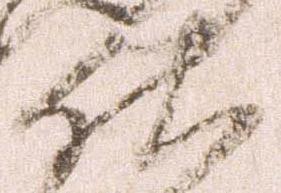
佐